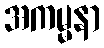
အကမ္မနာ